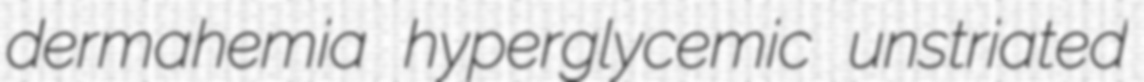
dermahemia hyperglycemic unstriated